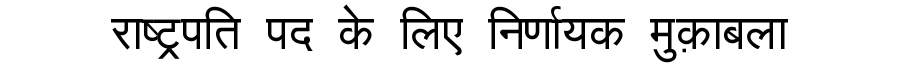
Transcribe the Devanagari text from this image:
राष्ट्रपति पद के लिए निर्णायक मुक़ाबला